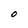
Character: O